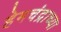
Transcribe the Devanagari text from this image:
हेमचंद्राच्या